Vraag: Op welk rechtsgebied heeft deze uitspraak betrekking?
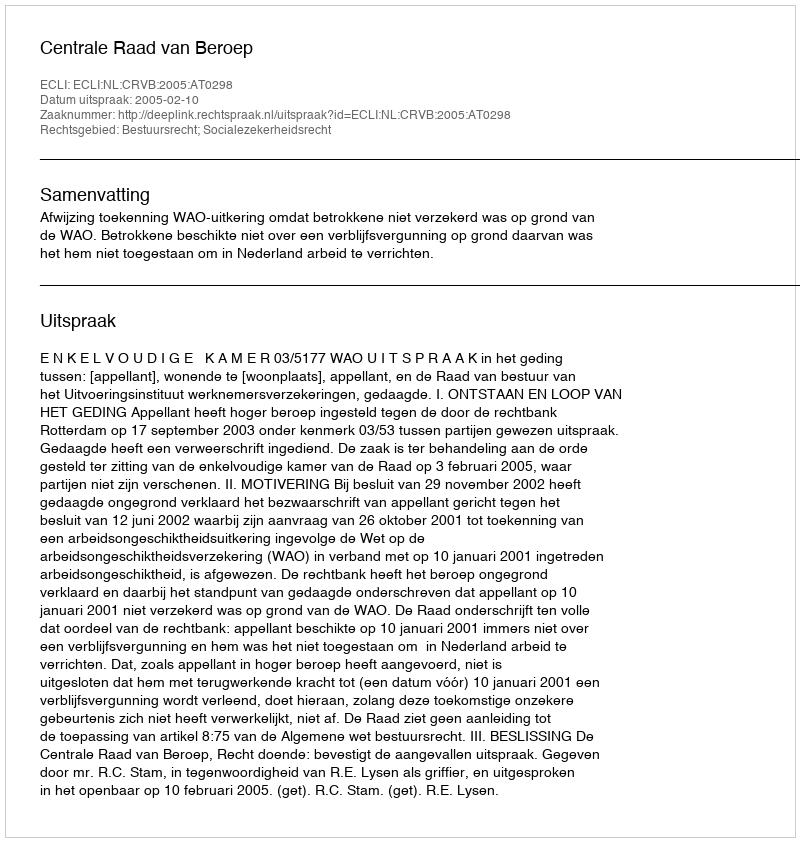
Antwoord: Bestuursrecht; Socialezekerheidsrecht